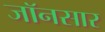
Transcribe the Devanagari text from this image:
जॉनसार